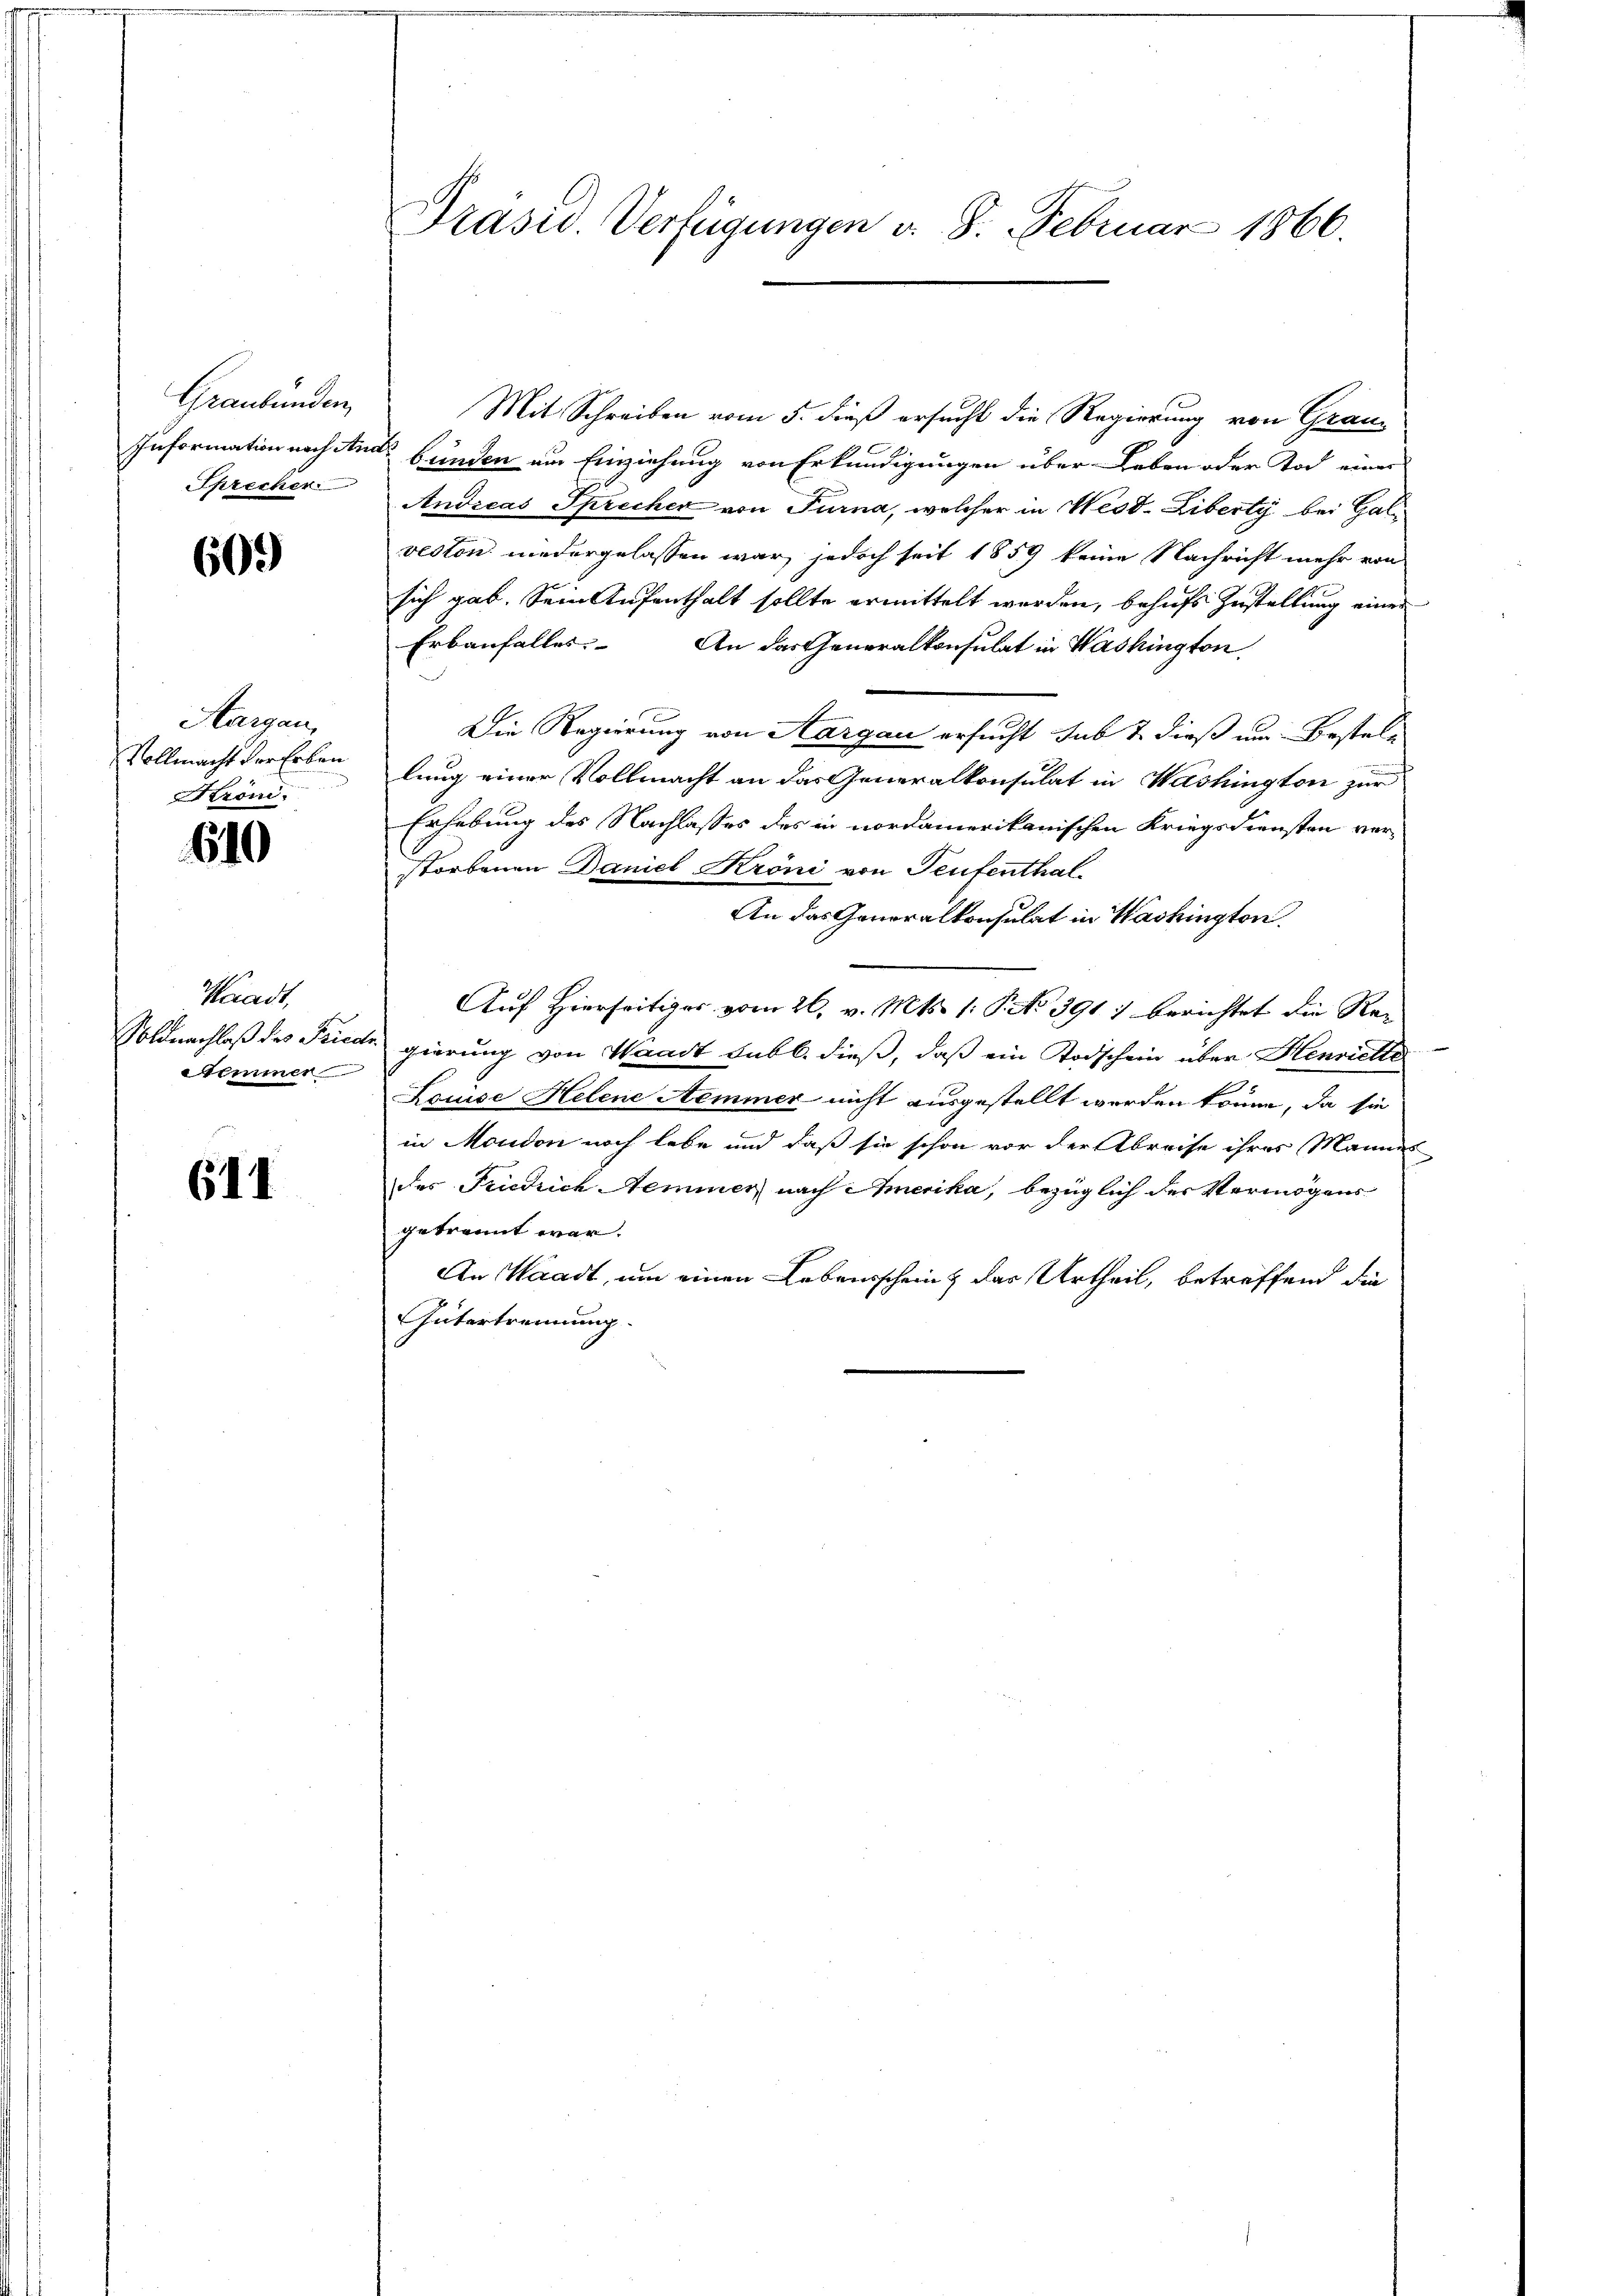
Graubünden,

609

Aargau,
Vollmacht der Erben
röni.

610

Waadt,
Stimmer

611

Präsid. Verfügungen d. 8. Februar 1866.

Mit Schreiben vom 5. dieß ersucht die Regierung von Grau¬
Information nach Auer bünden um Einziehung von Erkundigungen über Leben oder Tod einer
Sprecher Andreas Sprecher von Turna, welcher in Wesd-Ziberty bei Galveston niedergelassen war, jedoch seit 1859 keine Nachricht mehr von
sich gab. Sein Aufenthalt sollte ermittelt werden, behufs Zustellung einer
Erbanfalles. An das Generalkonsulat in Washington,
Die Regierung von Aargau ersucht sub 7 dieß um Bestellung einer Vollmacht an das Generalkonsulat in Washington zur
Erhebung des Nachlasses des in nordamerikanischen Kriegsdiensten verstorbenen Daniel Kröni von Teufenthal¬
An das Generalkonsulat in Washington
Auf Hierseitiges vom 26. v. Mts. 1: P. No 391) berichtet die Re¬
Soldnachlaß des Friede gierung von Waadt subl. dieß, daß ein Todschein über Henriette
Louise Helene Aemmer nicht ausgestellt werden könne, da sie
in Moudon noch lebe und daß sie schon vor der Abreise ihres Mannes
des Friedrich Nemmer nach Amerika, bezüglich der Vermögens
gebrannt war.
An Waadt, um einen Lebensschein & das Urtheil, betreffend die
Gütertrennung.